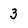
Character: 3